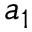
a _ { 1 }